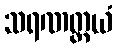
သရဏတ္တယံ